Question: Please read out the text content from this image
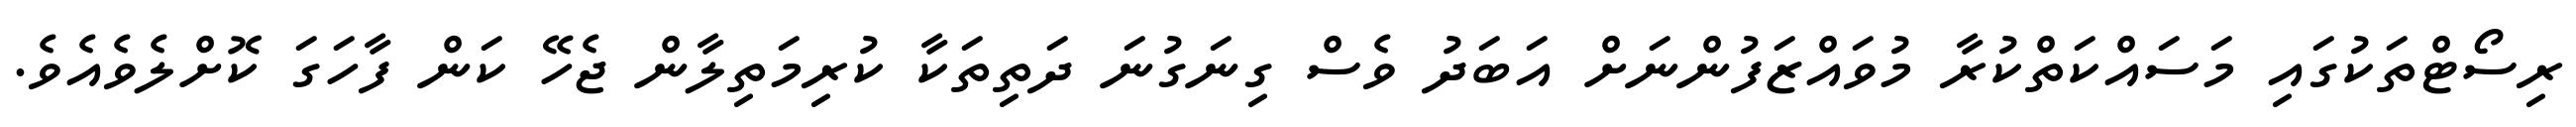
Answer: ރިސޯޓްތަކުގައި މަސައްކަތްކުރާ މުވައްޒަފުންނަށް އަބަދު ވެސް ގިނަގުނަ ދަތިތަކާ ކުރިމަތިލާން ޖެހޭ ކަން ފާހަގަ ކޮށްލެވެއެވެ.